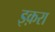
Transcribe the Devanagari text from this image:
इक़रा